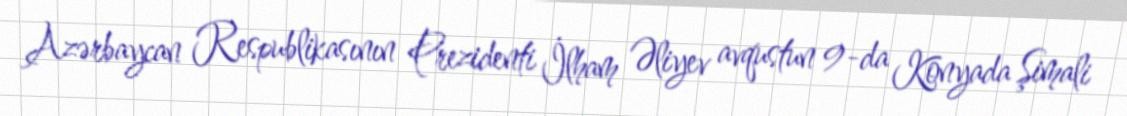
Azərbaycan Respublikasının Prezidenti İlham Əliyev avqustun 9-da Konyada Şimali